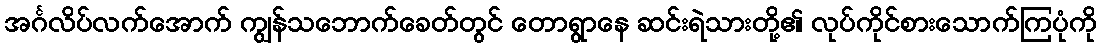
အင်္ဂလိပ်လက်အောက် ကျွန်သဘောက်ခေတ်တွင် တောရွာနေ ဆင်းရဲသားတို့၏ လုပ်ကိုင်စားသောက်ကြပုံကို